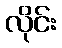
လိုင်း